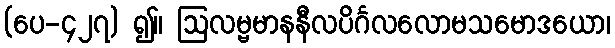
(ပေ-၄၂၇) ၍။ ဩလမ္ဗမာနနီလပိင်္ဂလလောမသမောဒယော၊